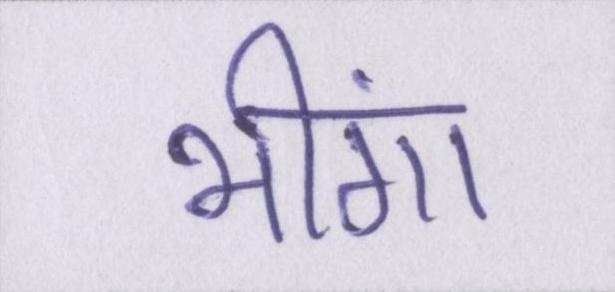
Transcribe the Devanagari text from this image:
भींगा